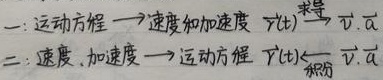
一: 运动方程$\longrightarrow$速度和加速度
$\vec{r}(t)\overset{求导}{\longrightarrow}\vec{v},\vec{a}$

二: 速度、加速度$\longrightarrow$运动方程
$\vec{r}(t)\overset{积分}{\longleftarrow}\vec{v},\vec{a}$